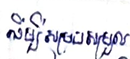
ដើម្បីសម្របសម្រួល